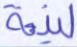
لينة